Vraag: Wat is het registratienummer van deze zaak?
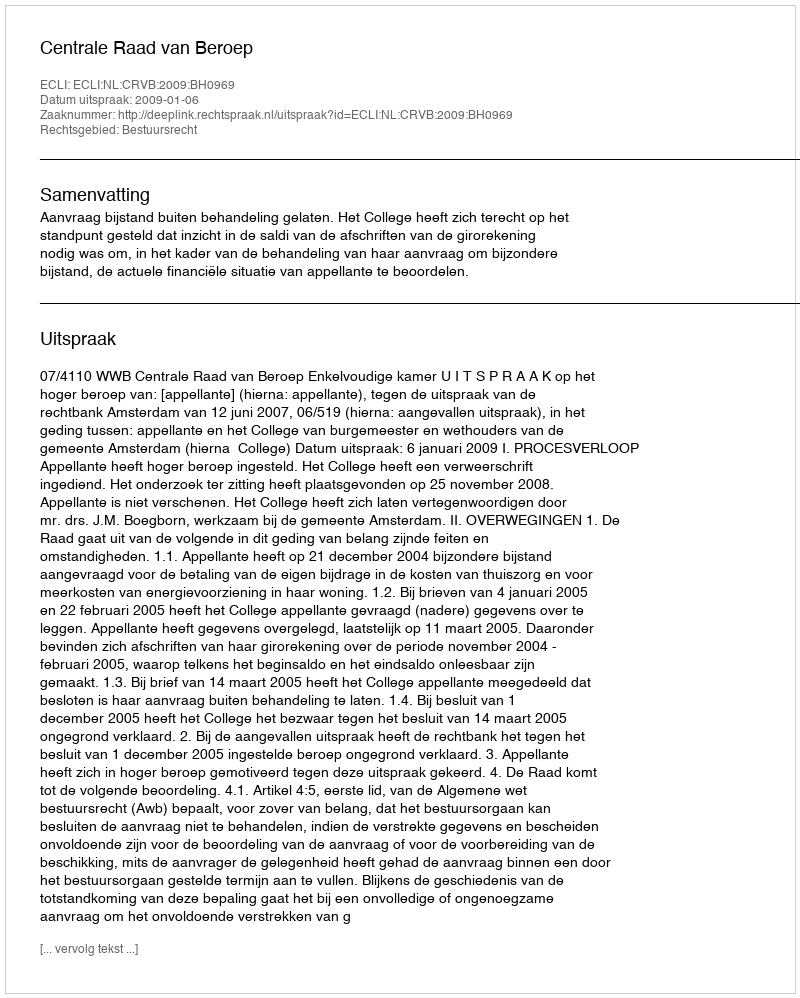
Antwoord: http://deeplink.rechtspraak.nl/uitspraak?id=ECLI:NL:CRVB:2009:BH0969